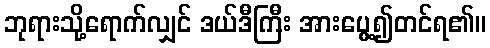
ဘုရားသို့ရောက်လျှင် ဒယ်ဒီကြီး အားပွေ့၍တင်ရ၏။